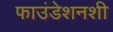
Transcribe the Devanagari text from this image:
फाउंडेशनशी